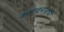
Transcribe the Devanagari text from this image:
कागदपत्राची